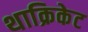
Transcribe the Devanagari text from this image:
थाक्रिकेट